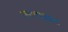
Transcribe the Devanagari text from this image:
अवसरानुकूल